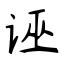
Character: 诬